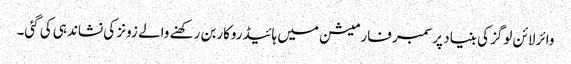
وائر لائن لوگز کی بنیاد پرسمبر فارمیشن میں ہائیڈروکاربن رکھنے والے زونز کی نشاندہی کی گئی۔